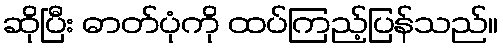
ဆိုပြီး ဓာတ်ပုံကို ထပ်ကြည့်ပြန်သည်။